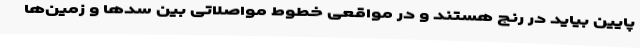
پایین بیاید در رنج هستند و در مواقعی خطوط مواصلاتی بین سدها و زمین‌ها